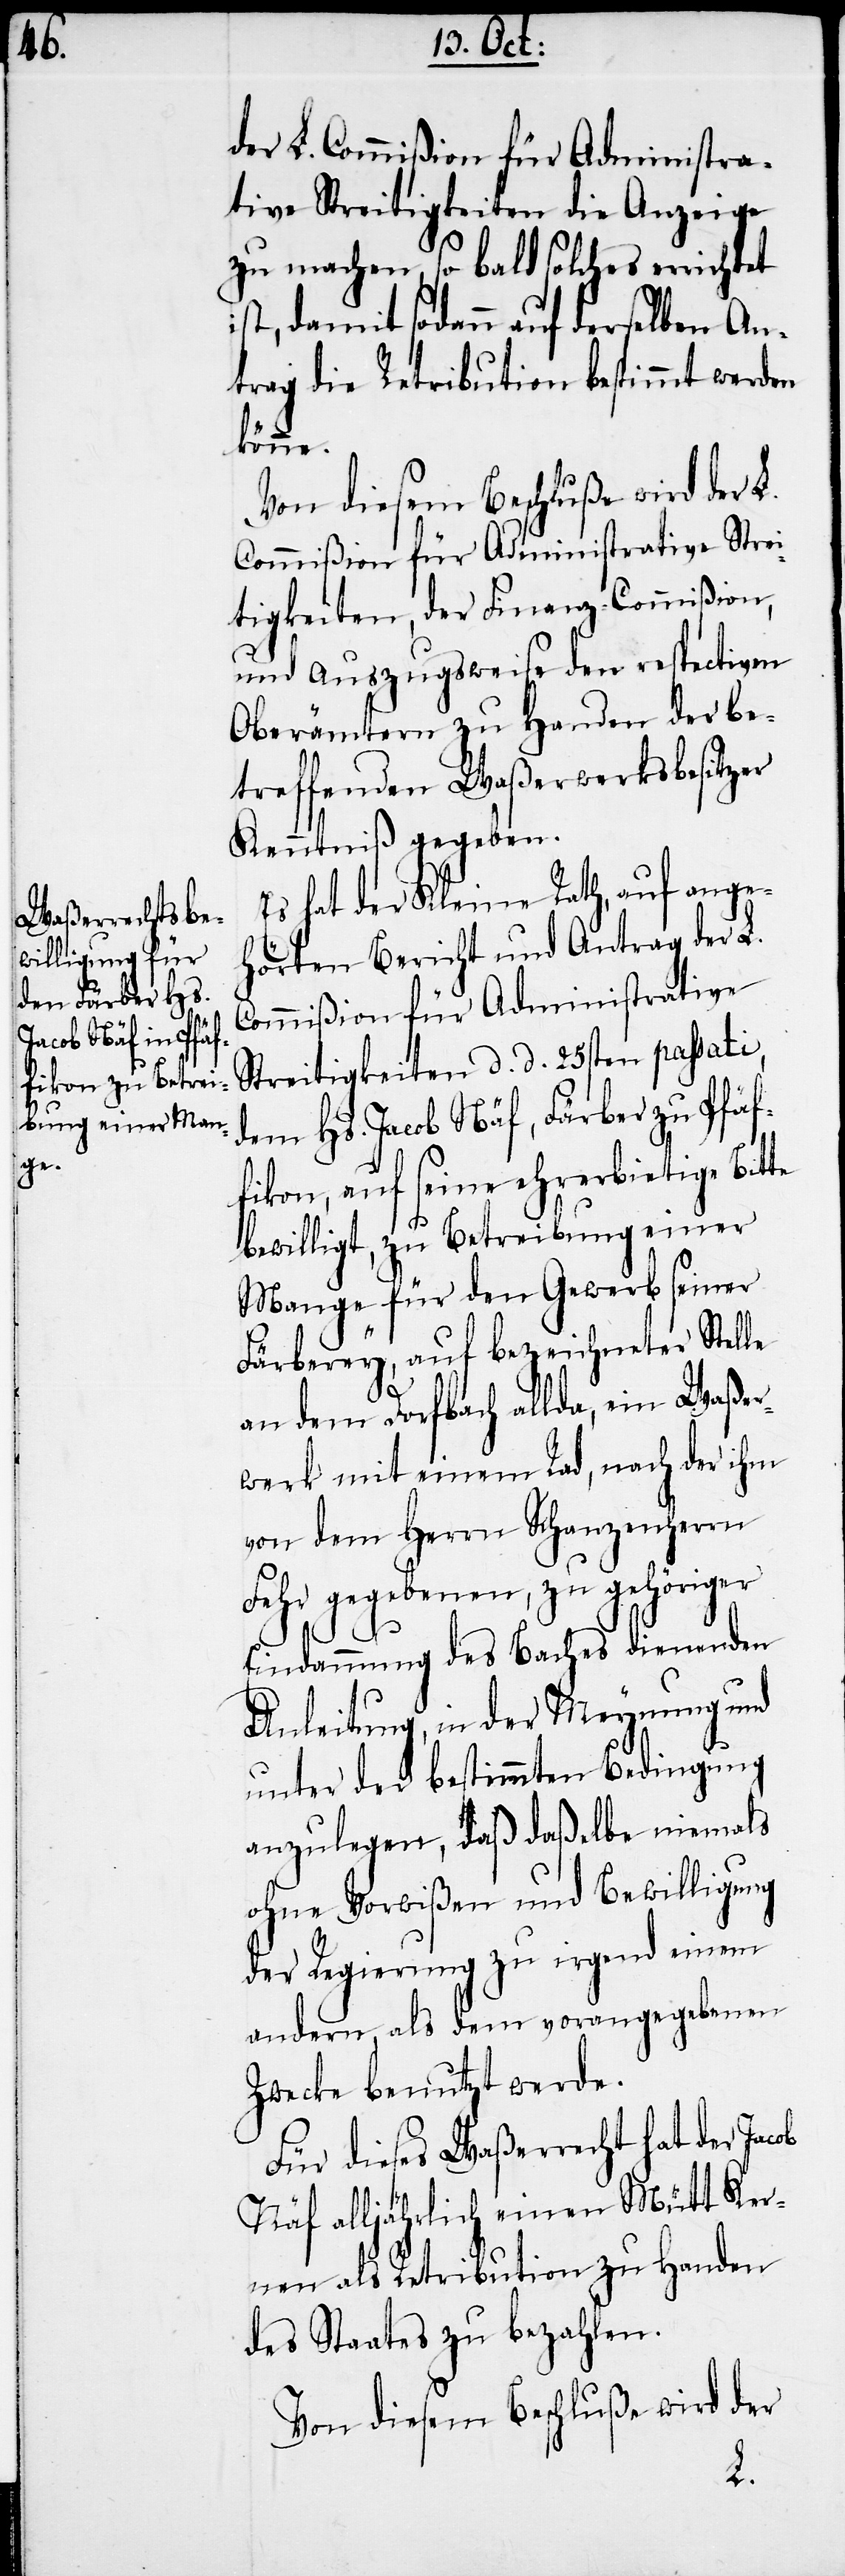
der L. Commißion für Administra¬
tive Streitigkeiten die Anzeige
zu machen, so bald solches errichtet
ist, damit sodann auf derselben An¬
trag die Retribution bestimmt werden
könne.
Von diesem Beschluße wird der L.
Commißion für Administrative Strei¬
tigkeiten, der Finanz-Commißion,
und auszugsweise den respectiven
Oberämtern zu Handen der be¬
treffenden Waßerwerksbesitzer
Kenntniß gegeben.
Es hat der Kleine Rath, auf ange¬
hörten Bericht und Antrag der L.
Commißion für Administrative
Streitigkeiten d. d. 25sten passati,
dem Hs. Jacob Näf, Färber zu Pfäf¬
fikon, auf seine ehrerbietige Bitte
bewilligt, zu Betreibung einer
Mange für den Gewerb seiner
Färberey, auf bezeichneter Stelle
an dem Dorfbach allda, ein Waßer¬
werk mit einem Rad, nach der ihm
von dem Herrn Schanzenherrn
Fehr gegebenen, zu gehöriger
Eindammung des Baches dienenden
Anleitung, in der Meynung und
unter der bestimmten Bedingung
anzulegen, daß daßelbe niemals
ohne Vorwißen und Bewilligung
der Regierung zu irgend einem
andern, als dem vorangegebenen
Zwecke benutzt werde.
Für dieses Waßerrecht hat der Jacob
Näf alljährlich einen Mütt Ker¬
nen als Retribution zu Handen
des Staates zu bezahlen.
Von diesem Beschluße wird der